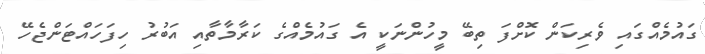
ގައުމެއްގައި ވެރިކަން ކޮށްފަ ތިބޭ މީހުންނަކީ އެ ގައުމެއްގެ ކަރާމާތާއި އަބުރު ހިފަހައްޓަންޖެހޭ